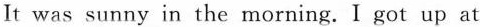
It was sunny in the morning.I got up at